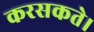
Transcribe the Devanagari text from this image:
करसकते।